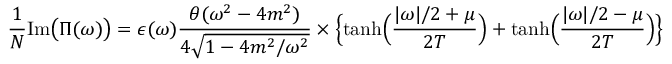
\frac { 1 } { N } \mathrm { I m } \bigl ( \Pi ( \omega ) \bigr ) = \epsilon ( \omega ) { \frac { \theta ( \omega ^ { 2 } - 4 m ^ { 2 } ) } { 4 \sqrt { 1 - 4 m ^ { 2 } / \omega ^ { 2 } } } } \times \Bigl \{ \operatorname { t a n h } \Bigl ( { \frac { | \omega | / 2 + \mu } { 2 T } } \Bigr ) + \operatorname { t a n h } \Bigl ( { \frac { | \omega | / 2 - \mu } { 2 T } } \Bigr ) \Bigr \}